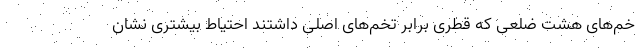
خم‌های هشت ضلعی که قطری برابر تخم‌های اصلی داشتند احتیاط بیشتری نشان